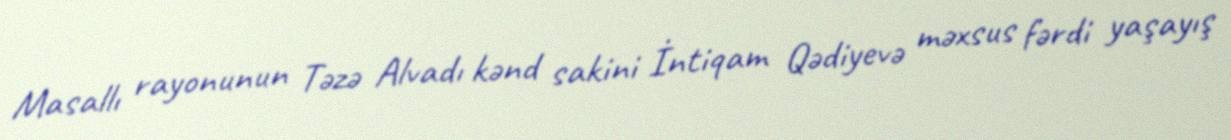
Masallı rayonunun Təzə Alvadı kənd sakini İntiqam Qədiyevə məxsus fərdi yaşayış